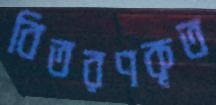
বিতরণকৃত